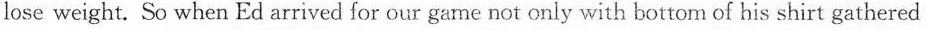
lose weight. So when Ed arrived for our game not only with bottom of his shirt gathered